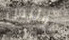
هوليس